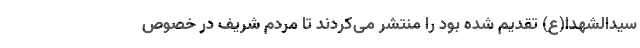
سیدالشهدا(ع) تقدیم شده بود را منتشر می‌کردند تا مردم شریف در خصوص